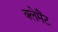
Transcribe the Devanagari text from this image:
क्लेमैंट